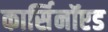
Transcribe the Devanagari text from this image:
कार्सिनॉएड